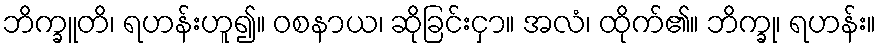
ဘိက္ခူတိ၊ ရဟန်းဟူ၍။ ဝစနာယ၊ ဆိုခြင်းငှာ။ အလံ၊ ထိုက်၏။ ဘိက္ခု၊ ရဟန်း။